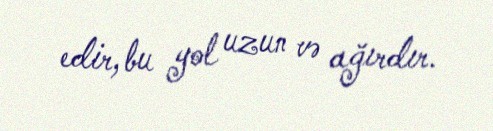
edir, bu yol uzun və ağırdır.